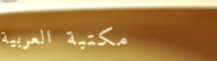
مكتبة العربية